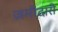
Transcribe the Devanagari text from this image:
ज़मीदारी